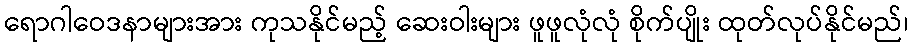
ရောဂါဝေဒနာများအား ကုသနိုင်မည့် ဆေးဝါးများ ဖူဖူလုံလုံ စိုက်ပျိုး ထုတ်လုပ်နိုင်မည်၊